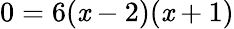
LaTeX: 0=6(\mathit{x}-2)(\mathit{x}+1)